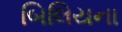
બિલિયના